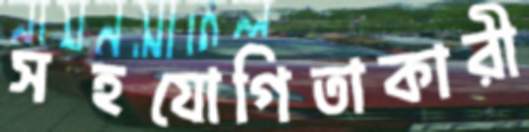
সহযোগিতাকারী